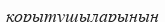
қорытушыларының